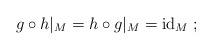
LaTeX: \begin{align*}g\circ h|_M=h\circ g|_M=\mathrm{id}_M\;;\end{align*}